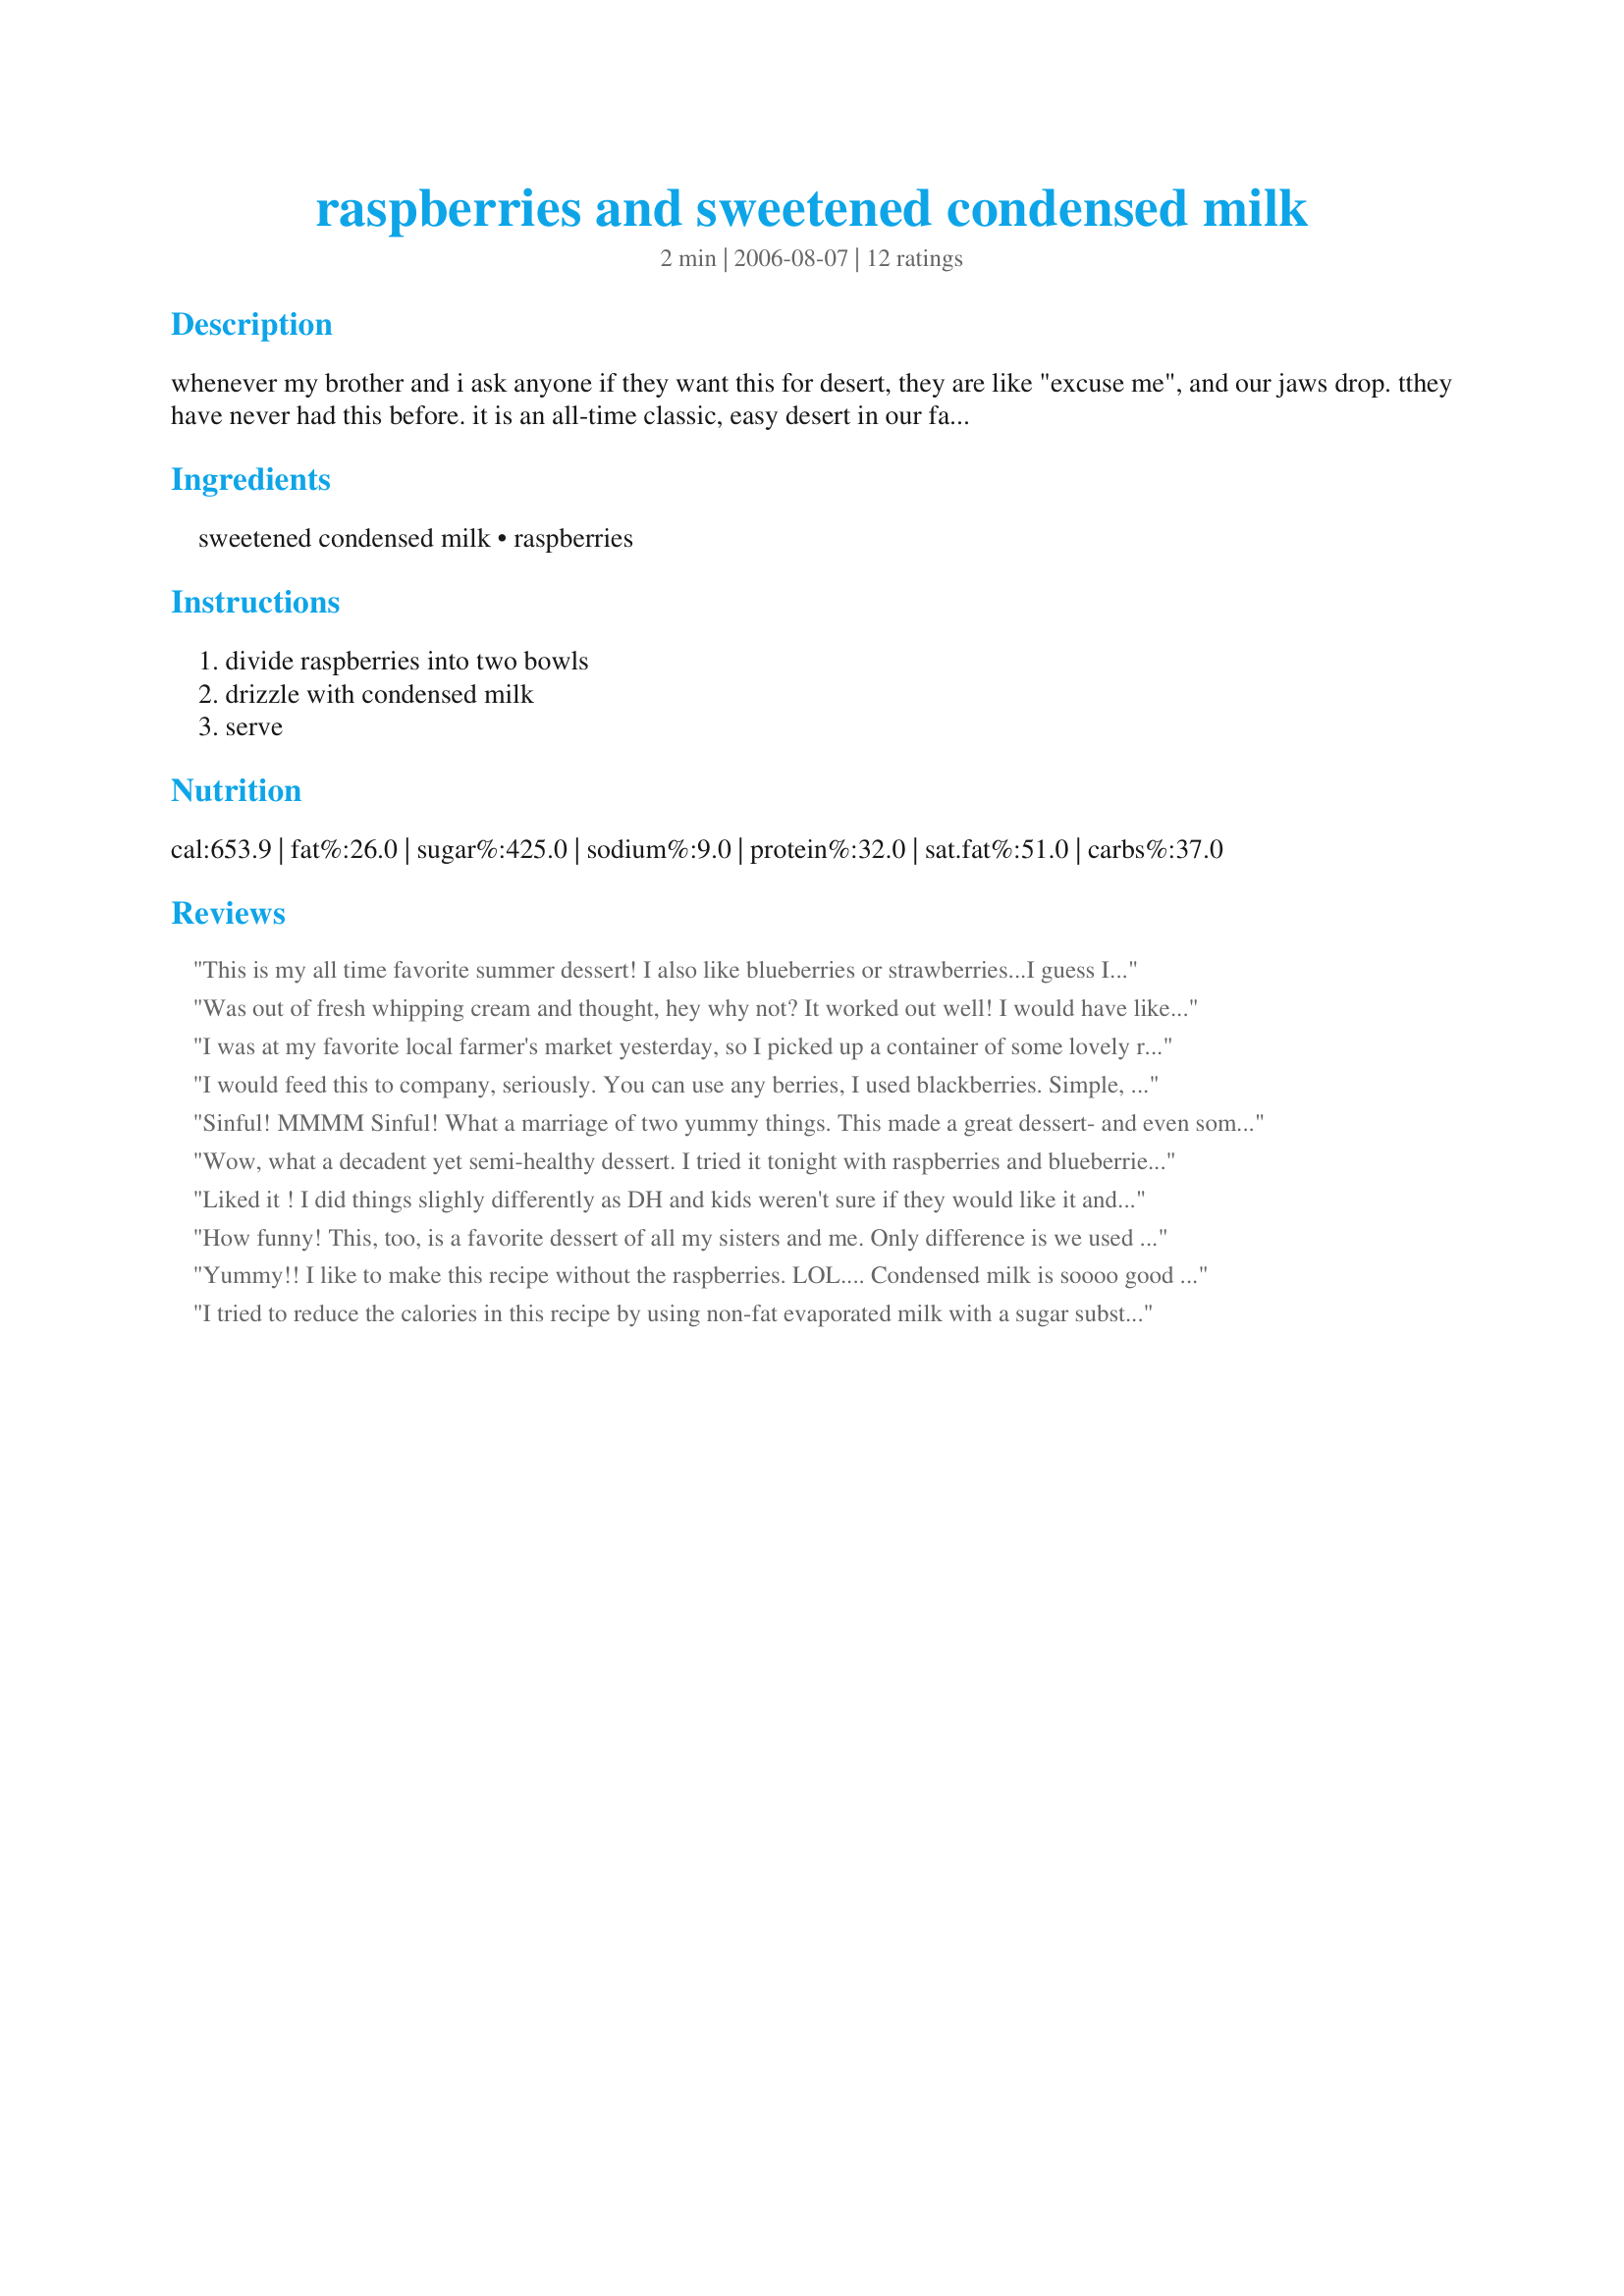
raspberries and sweetened condensed milk
Preparation time: 2 minutes

whenever my brother and i ask anyone if they want this for desert, they are like "excuse me", and our jaws drop. tthey have never had this before. it is an all-time classic, easy desert in our family.

Ingredients:
sweetened condensed milk, raspberries

Steps:
divide raspberries into two bowls, drizzle with condensed milk, serve

Reviews:
This is my all time favorite summer dessert! I also like blueberries or strawberries...I guess I should say this is delicious with ANY type of berries!
Was out of fresh whipping cream and thought, hey why not? It worked out well! I would have liked to make a dessert with my raspberries and scm, but this was just as delicious and much simpler. Easy and quick, I might have to try this with other berries!
I was at my favorite local farmer's market yesterday, so I picked up a container of some lovely red raspberries for this recipe. I didn't use more than maybe a quarter of the can of sweetened condensed milk, but that was mostly because the raspberries were fairly sweet ones. Mom and I really enjoyed this as a light follow-up to our seafood dinner. Thanks for posting!
I would feed this to company, seriously. You can use any berries, I used blackberries. Simple, yummy.
Sinful! MMMM Sinful! What a marriage of two yummy things. This made a great dessert- and even some leftover for breakfast! hehehe I used regular sweetened condensed milk and said to heck with the fat! We only live once! This was so worth it! 
Thanks Pixie! ZWT 3
Wow, what a decadent yet semi-healthy dessert. I tried it tonight with raspberries and blueberries and some fat-free condensed milk. This was a great idea, and I will probably be trying it again tomorrow night :)
Liked it ! I did things slighly differently as DH and kids weren't sure if they would like it and didn't want everything drizzled with the condensed milk. I put an entire punnett of raspberries into condensed milk and then served those out on top of another punnet of plain raspberries so that they were a nice sweet centre to the dessert. Generally we are used to eating raspberries plain, no added sweetness of any kind so we all thought while it was very nice, but that a little goes a long way. I *know* for a fact that my late Dutch Oma would have inhaled this recipe.. she was used to putting condensed milk into her coffee and adored the stuff... We tend to like it in smaller doses. This was a lovely dessert, that was good to try..and gets a lovely 3 stars. Thanks!
How funny! This, too, is a favorite dessert of all my sisters and me. Only difference is we used strawberries, so I'm sure raspberries would be just as good. My grandma used to make this simple treat for us as a simple summer dessert when we came to visit! YUM-O!
Yummy!! I like to make this recipe without the raspberries. LOL.... Condensed milk is soooo good on anything.
I tried to reduce the calories in this recipe by using non-fat evaporated milk with a sugar substitute. Unfortunately it did not turn out very well, so I strongly recommend that you use the sweetened condensed milk as recommended and it should turn out quite tasty. I will try this again asap, meanwhile I will rate without stars. I'm sorry!
This is on my Favorite Foods list now. Simple country comfort food. I haven't tried it with raspberries yet since they're not in season, but I've tried strawberries and blueberries and bananas. I've been looking for something to help kick my ice cream addiction and this does the trick! I keep a container of Kittencal's "sweetened condensed milk" in the fridge for this. A few less calories and much cheaper. You don't need much, just a couple teaspoons :) This makes a great breakfast on a hot morning, a sweet snack or a lovely dessert! Thank you Perfect Pixie!!
Used strawberries in this in place of raspberries. I have a family that DOES eat sweetened, condensed milk the way your grandfather does and so it was mightily enjoyed.
